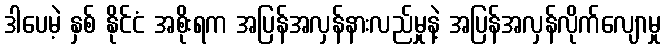
ဒါပေမဲ့ နှစ် နိုင်ငံ အစိုးရက အပြန်အလှန်နားလည်မှုနဲ့ အပြန်အလှန်လိုက်လျောမှု